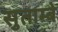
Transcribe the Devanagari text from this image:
सुताम्बे